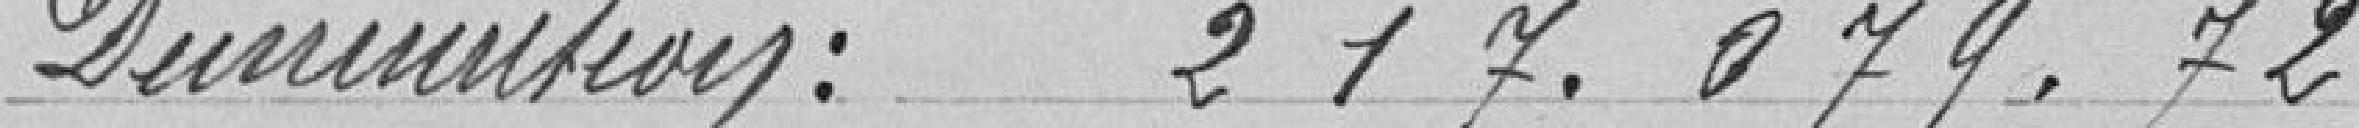
Diminution : 217.079.72